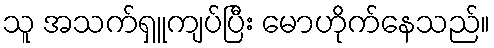
သူ အသက်ရှူကျပ်ပြီး မောဟိုက်နေသည်။